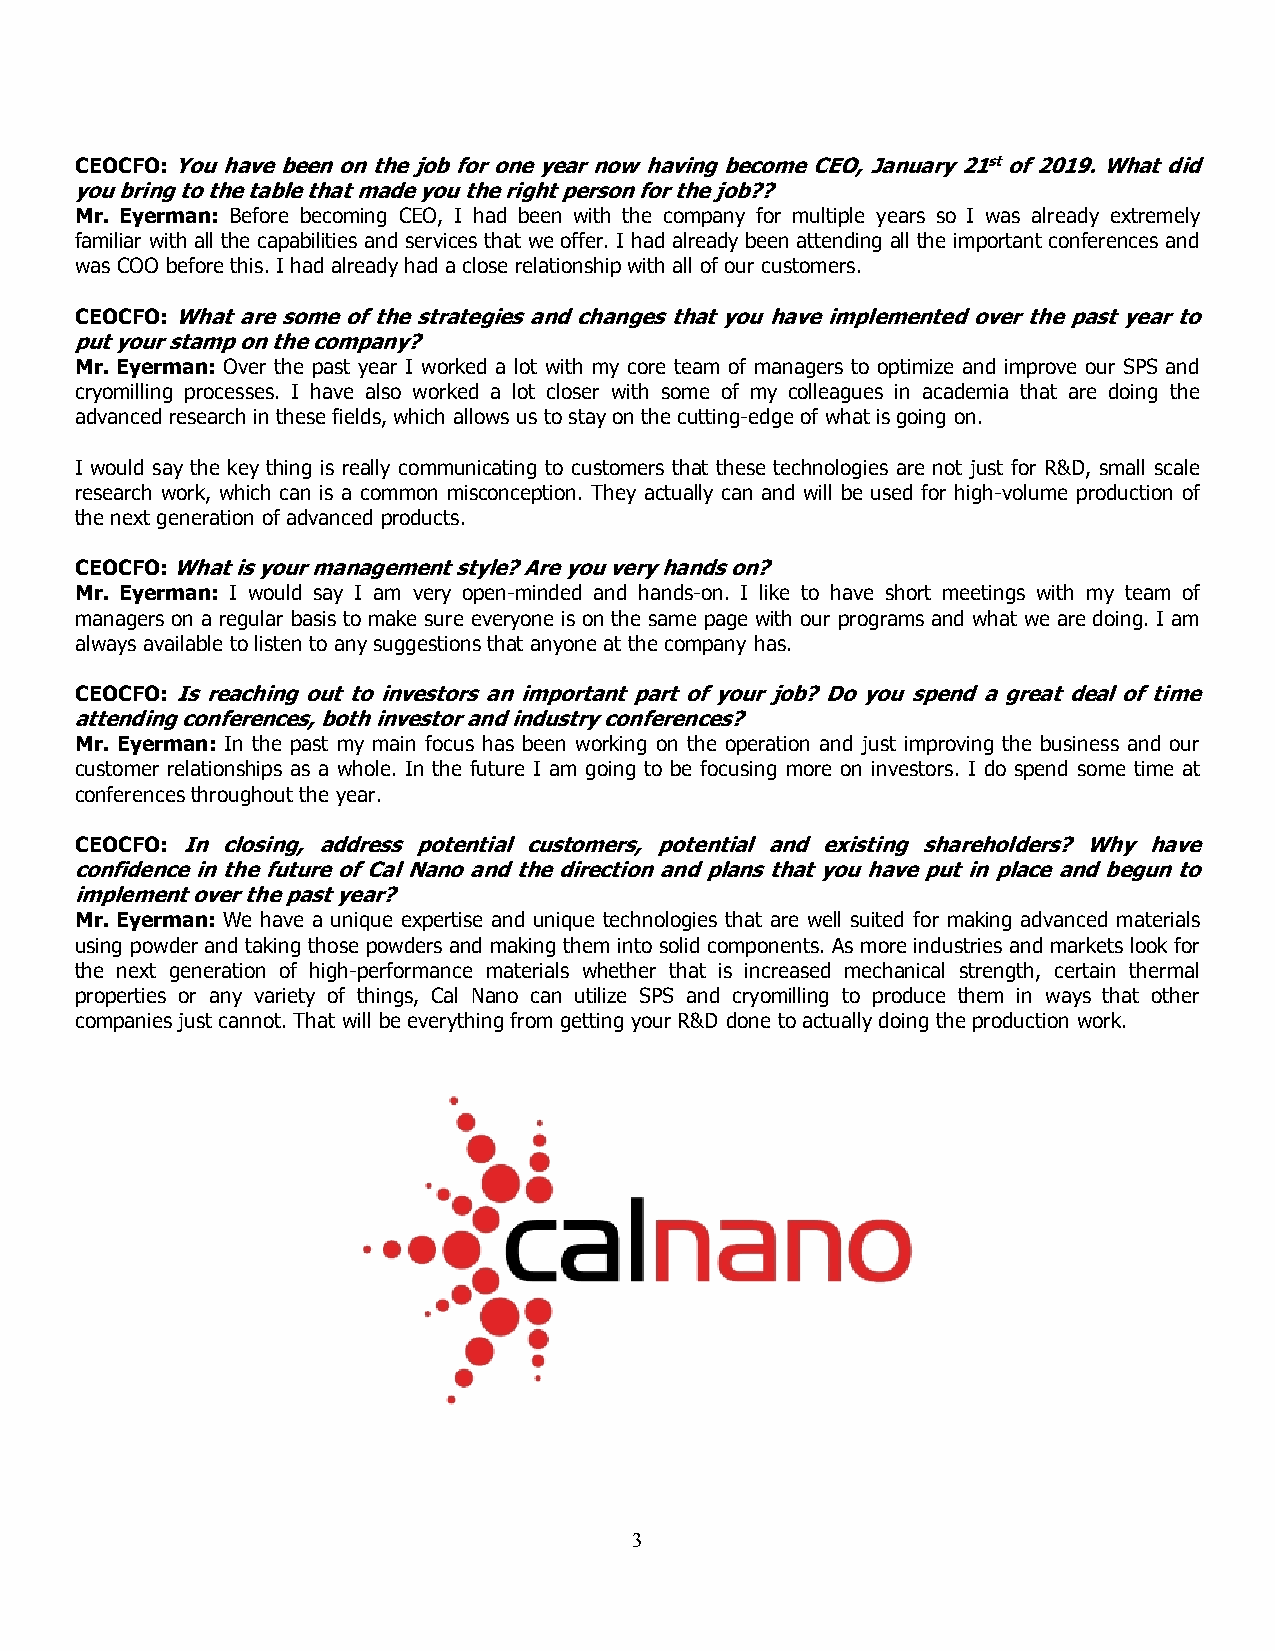
CEOCFO: You have been on the job for one year now having become CEO, January 21st of 2019. What did
 you bring to the table that made you the right person for the job??
 Mr. Eyerman: Before becoming CEO, I had been with the company for multiple years so I was already extremely
 familiar with all the capabilities and services that we offer. I had already been attending all the important conferences and
 was COO before this. I had already had a close relationship with all of our customers.
 CEOCFO: What are some of the strategies and changes that you have implemented over the past year to
 put your stamp on the company?
 Mr. Eyerman: Over the past year I worked a lot with my core team of managers to optimize and improve our SPS and
 cryomilling processes. I have also worked a lot closer with some of my colleagues in academia that are doing the
 advanced research in these fields, which allows us to stay on the cutting-edge of what is going on.
 I would say the key thing is really communicating to customers that these technologies are not just for R&D, small scale
 research work, which can is a common misconception. They actually can and will be used for high-volume production of
 the next generation of advanced products.
 CEOCFO:What is your management style? Are you very hands on?
 Mr. Eyerman: I would say I am very open-minded and hands-on. I like to have short meetings with my team of
 managers on a regular basis to make sure everyone is on the same page with our programs and what we are doing. I am
 always available to listen to any suggestions that anyone at the company has.
 CEOCFO: Is reaching out to investors an important part of your job? Do you spend a great deal of time
 attending conferences, both investor and industry conferences?
 Mr. Eyerman: In the past my main focus has been working on the operation and just improving the business and our
 customer relationships as a whole. In the future I am going to be focusing more on investors. I do spend some time at
 conferences throughout the year.
 CEOCFO: In closing, address potential customers, potential and existing shareholders? Why have
 confidence in the future of Cal Nano and the direction and plans that you have put in place and begun to
 implement over the past year?
 Mr. Eyerman: We have a unique expertise and unique technologies that are well suited for making advanced materials
 using powder and taking those powders and making them into solid components. As more industries and markets look for
 the next generation of high-performance materials whether that is increased mechanical strength, certain thermal
 properties or any variety of things, Cal Nano can utilize SPS and cryomilling to produce them in ways that other
 companies just cannot. That will be everything from getting your R&D done to actually doing the production work.
 3